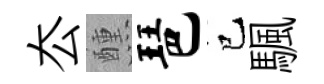
厺醺琶巳颿